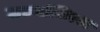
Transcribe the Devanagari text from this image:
उर्ध्वाधिरता